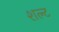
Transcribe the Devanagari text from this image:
शल्ट